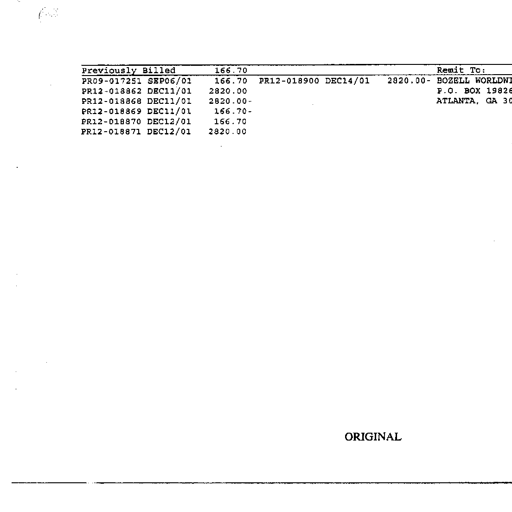
Previously Billed 166.70 Remit To:
PR09-017251 SEP06/01 166.70 PR12-018900 DEC14/01 2820.00- BOZELL WORLDWIDE
PR12-018862 DEC11/01 2820.00 P.O. BOX 198263
PR12-018868 DEC11/01 2820.00- ATLANTA, GA 30384
PR12-018869 DEC11/01 166.70-
PR12-018870 DEC12/01 166.70
PR12-018871 DEC12/01 2820.00
ORIGINAL